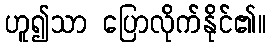
ဟူ၍သာ ပြောလိုက်နိုင်၏။